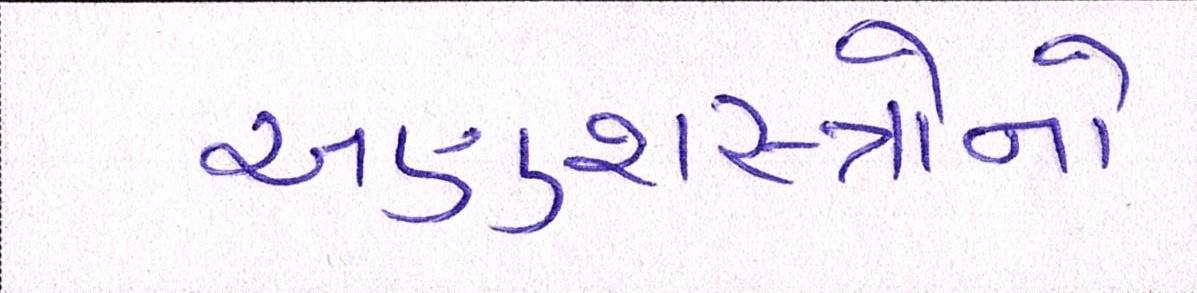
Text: અણુશસ્ત્રોનો